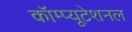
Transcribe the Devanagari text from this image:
कॉम्प्यूटेशनल